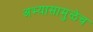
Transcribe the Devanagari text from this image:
अभ्यासामुळेच